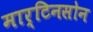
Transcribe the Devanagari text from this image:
मार्टिनसोन